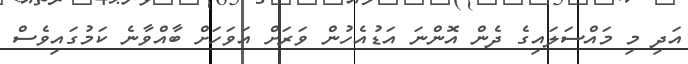
އަދި މި މައްސަލައިގެ ދެން އޮންނަ އަޑުއެހުން ވަރަށް އަވަހަށް ބާއްވާނެ ކަމުގައިވެސް